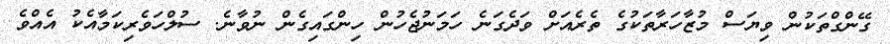
ގޭންގްތަކުން ވިޔަސް މުޒާހަރާތަކުގެ ތެރެއަށް ވަދެގަނެ ހަމަނުޖެހުން ހިންގައިގެން ނުވާނެ. ސުލްހަވެރިކަމާއެކު އެއްވެ